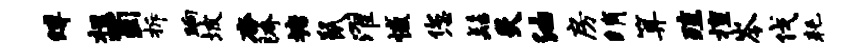
缚柩蜀拆晌坡杳胯塘鼠濯憾您髻炙油房绡算殖擅岑伐耗